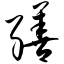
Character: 缮